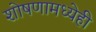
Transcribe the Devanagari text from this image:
शोषणामध्येही